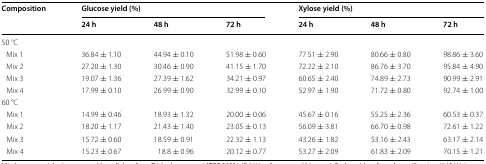
| <ROWSPAN=2> Composition | <COLSPAN=3> Glucose yield (%) | <COLSPAN=3> Xylose yield (%) |
 | 24 h | 48 h | 72 h | 24 h | 48 h | 72 h |
 | --- | --- | --- | --- | --- | --- | --- |
 | <COLSPAN=7> 50 °C |
 | Mix 1 | 36.84 ± 1.10 | 44.94 ± 0.10 | 51.98 ± 0.60 | 77.51 ± 2.90 | 80.66 ± 0.80 | 98.86 ± 3.60 |
 | Mix 2 | 27.20 ± 1.30 | 30.46 ± 0.90 | 41.15 ± 1.70 | 72.22 ± 2.10 | 86.76 ± 3.70 | 95.84 ± 4.90 |
 | Mix 3 | 19.07 ± 1.36 | 27.39 ± 1.62 | 34.21 ± 0.97 | 60.65 ± 2.40 | 74.89 ± 2.73 | 90.99 ± 2.91 |
 | Mix 4 | 17.99 ± 0.10 | 26.99 ± 0.90 | 32.99 ± 0.10 | 52.97 ± 1.90 | 71.72 ± 0.80 | 92.74 ± 1.00 |
 | <COLSPAN=7> 60 °C |
 | Mix 1 | 14.99 ± 0.46 | 18.93 ± 1.32 | 20.00 ± 0.06 | 45.67 ± 0.16 | 55.25 ± 2.36 | 60.53 ± 0.37 |
 | Mix 2 | 18.20 ± 1.17 | 21.43 ± 1.40 | 23.05 ± 0.13 | 56.09 ± 3.81 | 66.70 ± 0.98 | 72.61 ± 1.22 |
 | Mix 3 | 15.72 ± 0.60 | 18.59 ± 0.91 | 22.32 ± 1.13 | 43.26 ± 1.82 | 53.16 ± 2.43 | 63.17 ± 2.14 |
 | Mix 4 | 15.23 ± 0.67 | 18.8 ± 0.96 | 20.12 ± 0.77 | 53.27 ± 2.09 | 61.83 ± 2.09 | 70.15 ± 1.21 |